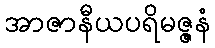
အာဇာနီယပရိမဇ္ဇနံ